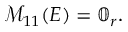
\mathcal { M } _ { 1 1 } ( E ) = \mathbb { 0 } _ { r } .